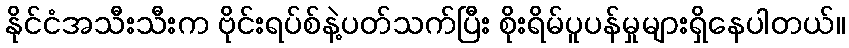
နိုင်ငံအသီးသီးက ဗိုင်းရပ်စ်နဲ့ပတ်သက်ပြီး စိုးရိမ်ပူပန်မှုများရှိနေပါတယ်။